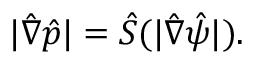
| \hat { \nabla } \hat { p } | = \hat { S } ( | \hat { \nabla } \hat { \psi } | ) .